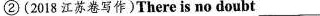
②(2018江苏卷写作)There is no doubt___